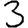
Digit: 3